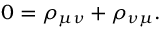
0 = \rho _ { \mu \nu } + \rho _ { \nu \mu } .